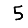
Digit: 5